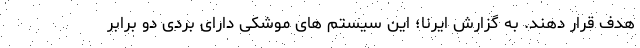
هدف قرار دهند. به گزارش ایرنا؛ این سیستم های موشکی دارای بردی دو برابر